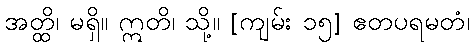
အတ္ထိ၊ မရှိ။ ဣတိ၊ သို့။ [ကျမ်း ၁၅] ဧတပရမတံ၊